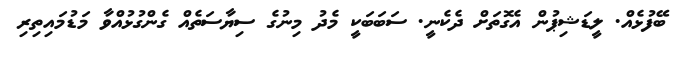
ބޭފުޅެއް. ލީޑަޝިޕުން އެގޮތަށް ދެކެނީ. ސަބަބަކީ މެދު މިނުގެ ސިޔާސަތެއް ގެންގުޅުއްވާ މަޑުމައިތިރި